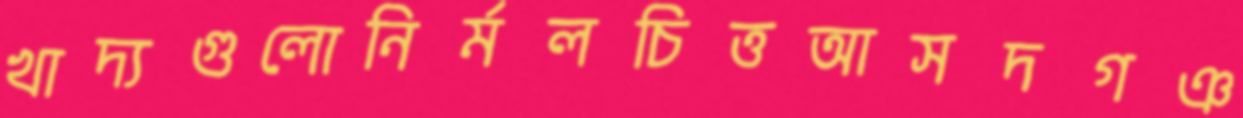
খাদ্যগুলোনির্মলচিত্তআসদগঞ